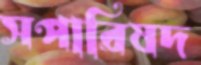
সপারিষদ